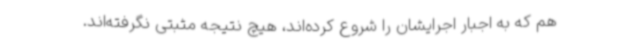
هم که به اجبار اجرایشان را شروع کرده‌اند، هیچ نتیجه مثبتی نگرفته‌اند.